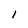
Character: I